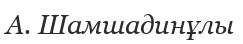
А. Шамшадинұлы